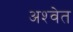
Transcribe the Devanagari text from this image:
अश्‍वेत